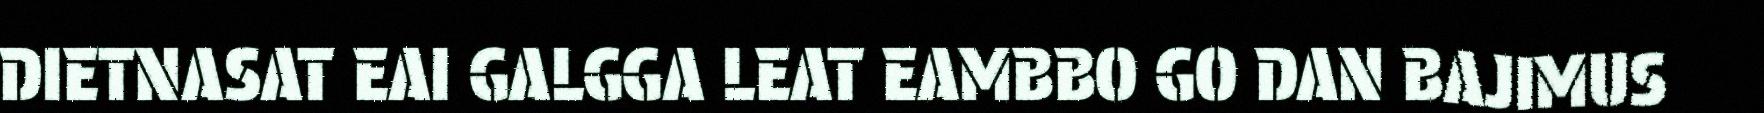
DIETNASAT EAI GALGGA LEAT EAMBBO GO DAN BAJIMUS